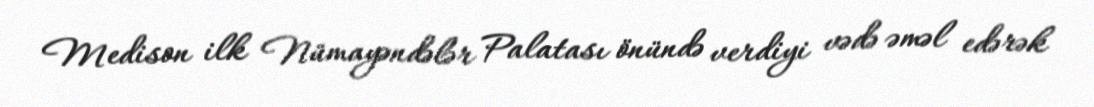
Medison ilk Nümayəndələr Palatası önündə verdiyi vədə əməl edərək